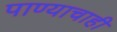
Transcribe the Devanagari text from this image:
पाण्‍याचाही